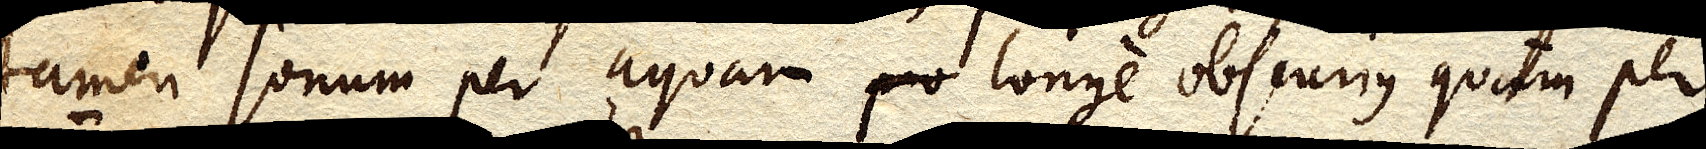
tamen sonum per aquam pro longe obscurius quam per